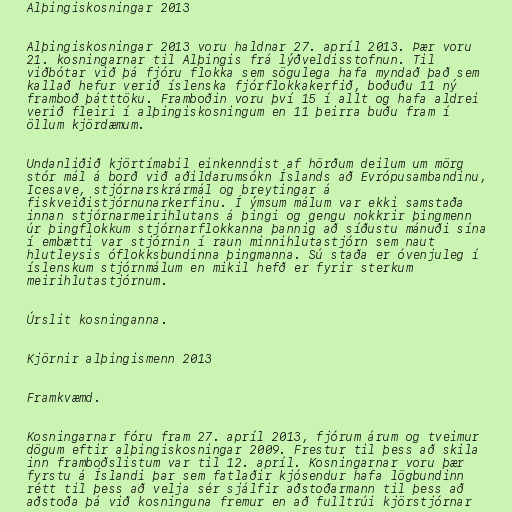
Alþingiskosningar 2013

Alþingiskosningar 2013 voru haldnar 27. apríl 2013. Þær voru
21. kosningarnar til Alþingis frá lýðveldisstofnun. Til
viðbótar við þá fjóru flokka sem sögulega hafa myndað það sem
kallað hefur verið íslenska fjórflokkakerfið, boðuðu 11 ný
framboð þátttöku. Framboðin voru því 15 í allt og hafa aldrei
verið fleiri í alþingiskosningum en 11 þeirra buðu fram í
öllum kjördæmum.

Undanliðið kjörtímabil einkenndist af hörðum deilum um mörg
stór mál á borð við aðildarumsókn Íslands að Evrópusambandinu,
Icesave, stjórnarskrármál og breytingar á
fiskveiðistjórnunarkerfinu. Í ýmsum málum var ekki samstaða
innan stjórnarmeirihlutans á þingi og gengu nokkrir þingmenn
úr þingflokkum stjórnarflokkanna þannig að síðustu mánuði sína
í embætti var stjórnin í raun minnihlutastjórn sem naut
hlutleysis óflokksbundinna þingmanna. Sú staða er óvenjuleg í
íslenskum stjórnmálum en mikil hefð er fyrir sterkum
meirihlutastjórnum.

Úrslit kosninganna.

Kjörnir alþingismenn 2013

Framkvæmd.

Kosningarnar fóru fram 27. apríl 2013, fjórum árum og tveimur
dögum eftir alþingiskosningar 2009. Frestur til þess að skila
inn framboðslistum var til 12. apríl. Kosningarnar voru þær
fyrstu á Íslandi þar sem fatlaðir kjósendur hafa lögbundinn
rétt til þess að velja sér sjálfir aðstoðarmann til þess að
aðstoða þá við kosninguna fremur en að fulltrúi kjörstjórnar